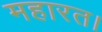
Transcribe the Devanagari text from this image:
महारत।